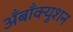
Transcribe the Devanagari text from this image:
अँबाँक्युशन